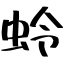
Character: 蛉